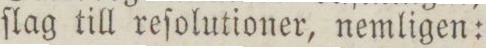
ſlag till reſolutioner, nemligen: